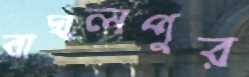
বাঘলপুর